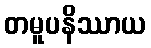
တမူပနိဿာယ